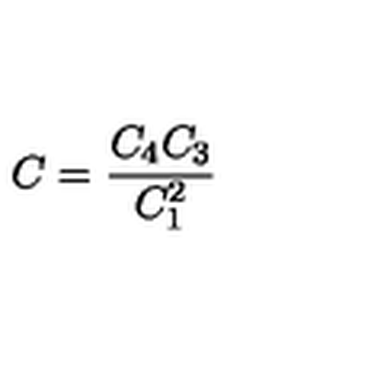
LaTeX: { \displaystyle { C = \frac { C _ { 4 } C _ { 3 } } { C _ { 1 } ^ { 2 } } } }